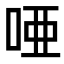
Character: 唖